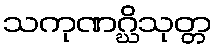
သကုဏဂ္ဃိသုတ္တ